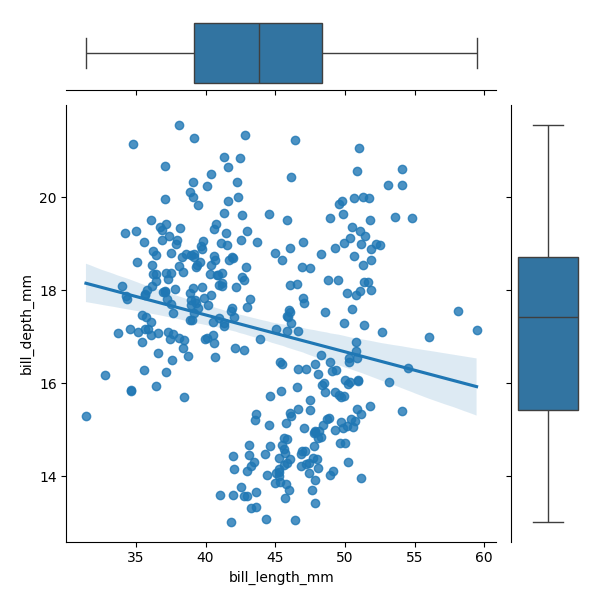
python, seaborn, JointGrid, regplot, boxplot